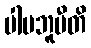
ပါပဘူမီတိ